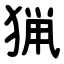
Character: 猟